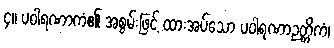
၄။ ပဝါရဏာကံ၏ အစွမ်းဖြင့် ထားအပ်သော ပဝါရဏာဉတ္တိကံ၊